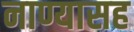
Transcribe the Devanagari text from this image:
नाण्यासह